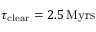
\tau _ { \mathrm { c l e a r } } = 2 . 5 \, \mathrm { M y r s }